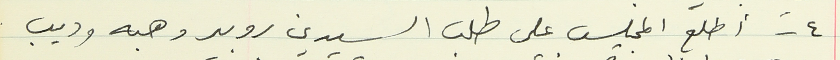
٤ - أطلع المجلس على طلب السيدين روبير وهبه وديب